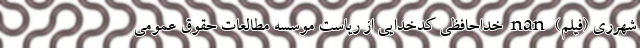
شهرری (فیلم) nan خداحافظی کدخدایی از ریاست موسسه مطالعات حقوق عمومی